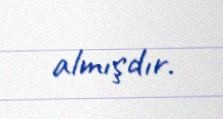
almışdır.